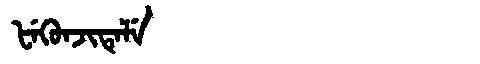
Manchu: ᡶᡝᡴᡠᠨᠵᡳᡨᡝᠯᡝ
Romanization: FEKUNJITELE